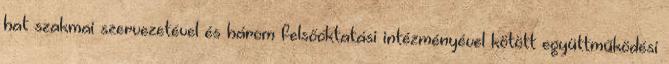
hat szakmai szervezetével és három felsőoktatási intézményével kötött együttműködési